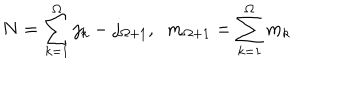
LaTeX: N = \sum _ { k = 1 } ^ { \Omega } j _ { k } - j _ { \Omega + 1 } , \; \; m _ { \Omega + 1 } = \sum _ { k = 1 } ^ { \Omega } m _ { k }